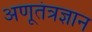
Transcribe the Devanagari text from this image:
अणूतंत्रज्ञान